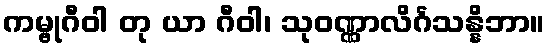
ကမ္ဗုဂီဝါ တု ယာ ဂီဝါ၊ သုဝဏ္ဏာလိင်္ဂသန္နိဘာ။